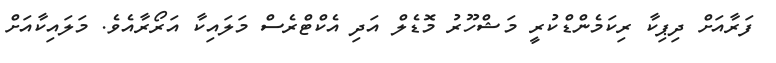
ފަރާއަށް ދިޕިކާ ރިކަމެންޑްކުރީ މަޝްހޫރު މޮޑެލް އަދި އެކްޓްރެސް މަލައިކާ އަރޯރާއެވެ. މަލައިކާއަށް